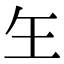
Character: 玍